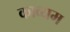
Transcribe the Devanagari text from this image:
काव्यम